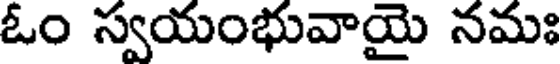
ఓం స్వయంభువాయై నమః